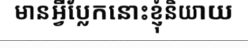
មានអ្វីប្លែកនោះខ្ញុំនិយាយ